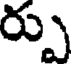
ర్పు